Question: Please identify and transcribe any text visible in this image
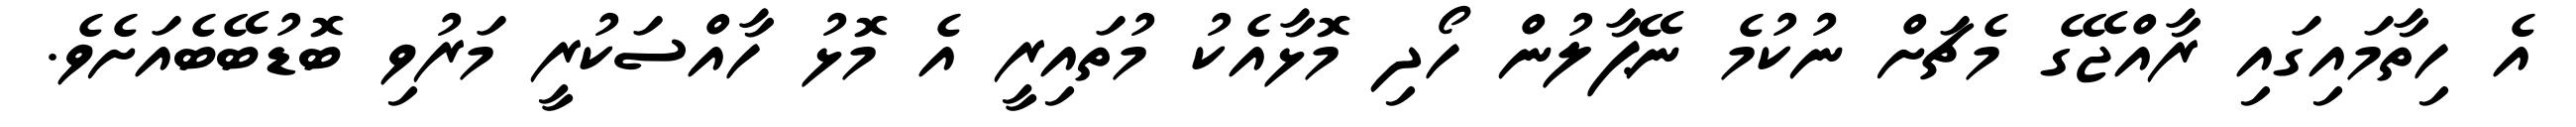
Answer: އެ ހިތާމައިގައި ރާއްޖޭގެ މެޗަށް ނުކުމެ ނޭޕާލުން ހޯދި މޮޅާއެކު މުތައިރީ އެ މޮޅު ހާއްސަކުރީ މަރުވި ބޮޑުބޭބެއަށެވެ.